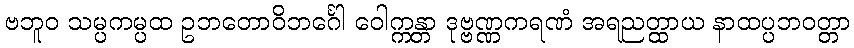
ဗဘူဝ သမ္ပကမ္ပထ ဥဘတောဝိဘင်္ဂေါ ဝေါက္ကန္တာ ဒုဗ္ဗဏ္ဏကရဏံ အရညတ္ထာယ နာထပ္ပဘဝတ္တာ